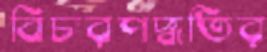
বিচারপদ্ধতির